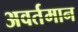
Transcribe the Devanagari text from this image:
अवर्तमान